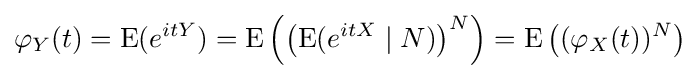
\varphi _{Y}(t)=\operatorname {E} (e^{itY})=\operatorname {E} \left(\left(\operatorname {E} (e^{itX}\mid N)\right)^{N}\right)=\operatorname {E} \left((\varphi _{X}(t))^{N}\right)